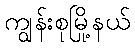
ကျွန်းစုမြို့နယ်